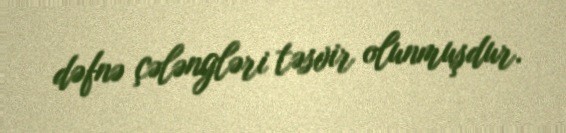
dəfnə çələngləri təsvir olunmuşdur.